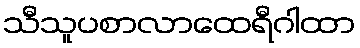
သီသူပစာလာထေရီဂါထာ